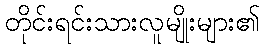
တိုင်းရင်းသားလူမျိုးများ၏